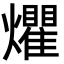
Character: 爠